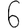
Digit: 6